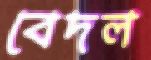
বেদল